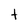
Character: t